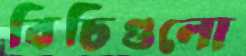
বিচিগুলো